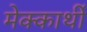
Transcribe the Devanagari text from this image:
मेक्कार्थी